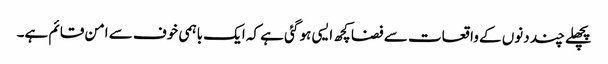
پچھلے چند دنوں کے واقعات سے فضا کچھ ایسی ہو گئی ہے کہ ایک باہمی خوف سے امن قائم ہے۔